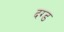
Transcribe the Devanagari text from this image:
दग्ड